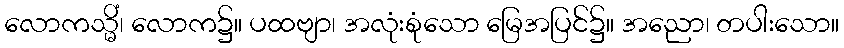
လောကသ္မိံ၊ လောက၌။ ပထဗျာ၊ အလုံးစုံသော မြေအပြင်၌။ အညော၊ တပါးသော။